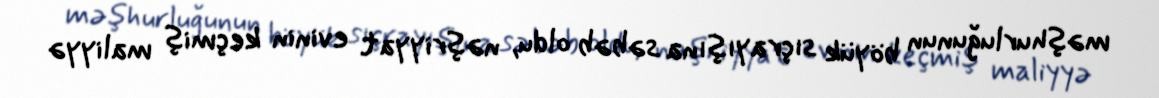
məşhurluğunun böyük sıçrayışına səbəb oldu, nəşriyyat evinin keçmiş maliyyə